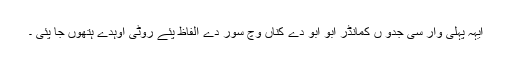
ایہہ پہلی وار سی جدو ں کمانڈر ابو ابو دے کناں وچ سور دے الفاظ پئے روٹی اوہدے ہتھوں جا پئی ۔